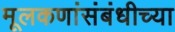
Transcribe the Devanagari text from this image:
मूलकणांसंबंधीच्या